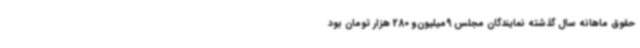
حقوق ماهانه سال گذشته نمایندگان مجلس 9میلیون‌و 280 هزار تومان بود